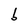
Character: b